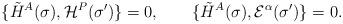
LaTeX: \begin{align*}\{\tilde H^A(\sigma),{\cal H}^P(\sigma^{\prime})\}=0,\qquad \{\tilde H^A(\sigma),{\cal E}^\alpha(\sigma^{\prime})\}=0.\end{align*}